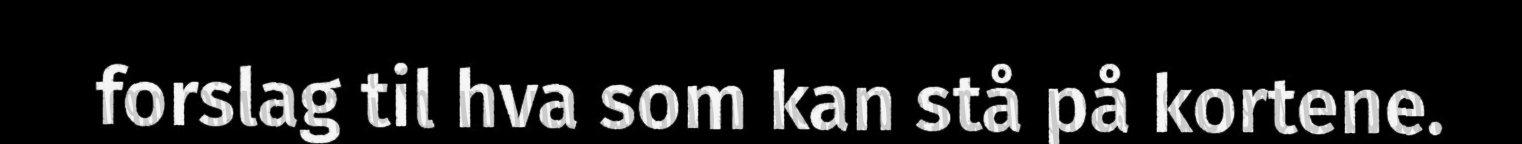
forslag til hva som kan stå på kortene.